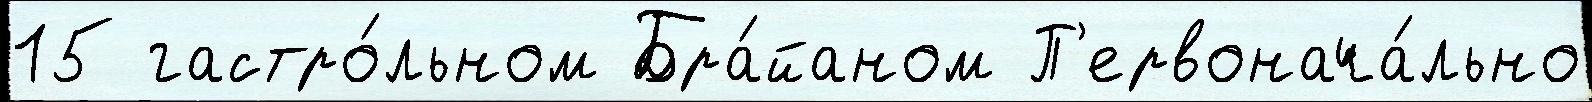
15 гастро́льном Бра́йаном П'ервонача́льно